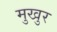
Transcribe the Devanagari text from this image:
मुखुर